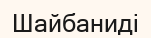
Шайбаниді